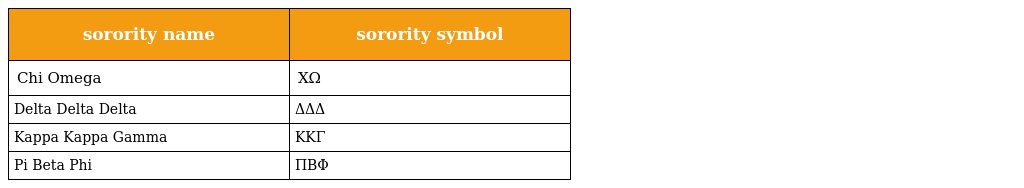
| sorority name | sorority symbol |
 | --- | --- |
 | Chi Omega | ΧΩ |
 | Delta Delta Delta | ΔΔΔ |
 | Kappa Kappa Gamma | ΚΚΓ |
 | Pi Beta Phi | ΠΒΦ |